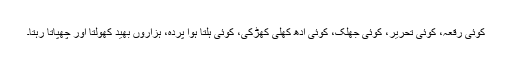
کوئی رقعہ، کوئی تحریر، کوئی جھلک، کوئی ادھ کھلی کھڑکی، کوئی ہلتا ہوا پردہ، ہزاروں بھید کھولتا اور چھپاتا رہتا۔